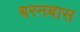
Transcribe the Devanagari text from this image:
बरनबास